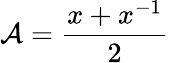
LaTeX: \mathcal{A}={\frac{{x+x^{-1}}}{{2}}}